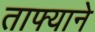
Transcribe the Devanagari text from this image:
ताफ्याने